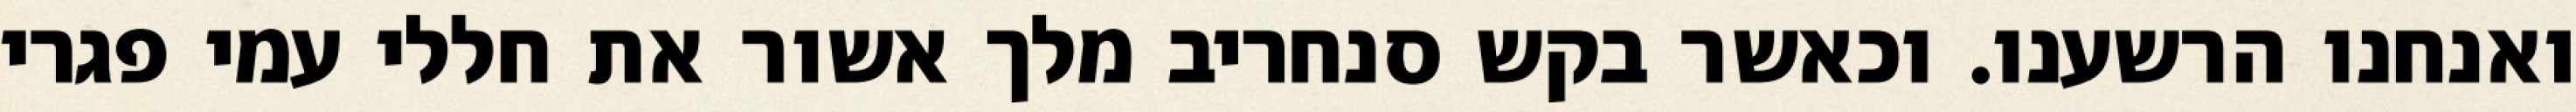
ואנחנו הרשענו. וכאשר בקש סנחריב מלך אשור את חללי עמי פגרי